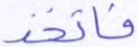
فاتخذ